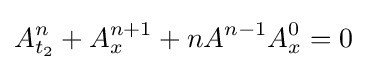
A_{t_{2}}^{n}+A_{x}^{n+1}+nA^{n-1}A_{x}^{0}=0